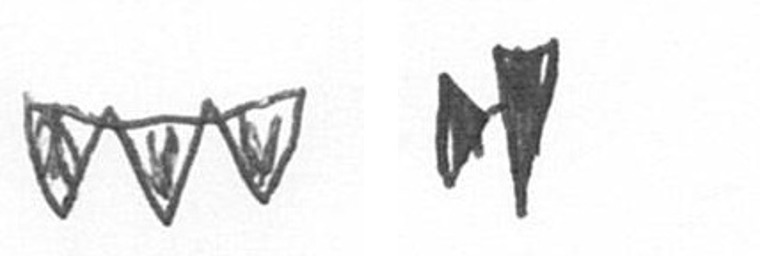
L M